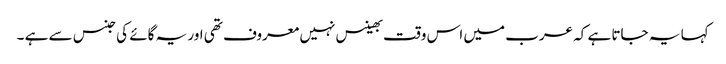
کہا یہ جاتا ہے کہ عرب میں اس وقت بھینس نہیں معروف تھی اور یہ گائے کی جنس سے ہے ۔